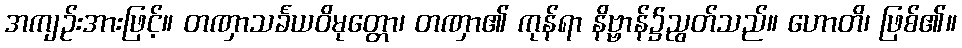
အကျဉ်းအားဖြင့်။ တဏှာသင်္ခယဝိမုတ္တော၊ တဏှာ၏ ကုန်ရာ နိဗ္ဗာန်၌ညွတ်သည်။ ဟောတိ၊ ဖြစ်၏။